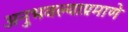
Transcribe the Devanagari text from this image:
अनुभवल्याप्रमाणे